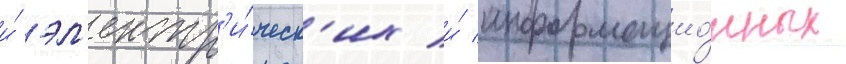
и́ эл'ектр'и́ческ'их и́ информацио́нных